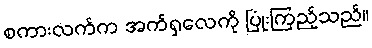
စကားလက်က အက်ရှလေကို ပြုံးကြည့်သည်။